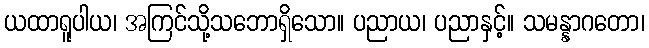
ယထာရူပါယ၊ အကြင်သို့သဘောရှိသော။ ပညာယ၊ ပညာနှင့်။ သမန္နာဂတော၊